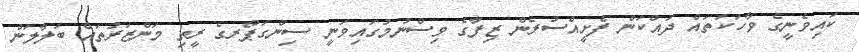
ކައިވެނީގެ ވާހަކަތައް ދައްކަން ފެށީއްސުރެން ޒިފާގެ ވިސްނުމުގައިވަނީ ސިންގަޕޯރގެ ރީތި މަންޒަރުތައް ބަލާލަން